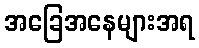
အခြေအနေများအရ